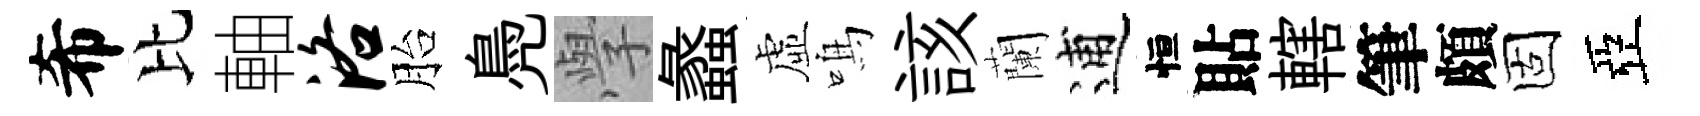
希比軸洛胎鳧𭓕蠡虛鳴該蘭逋恒貼轄筆頗固亞